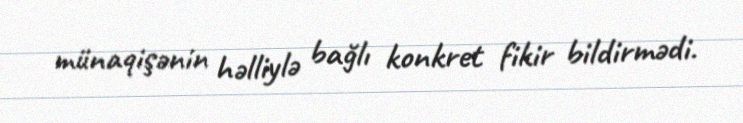
münaqişənin həlliylə bağlı konkret fikir bildirmədi.